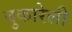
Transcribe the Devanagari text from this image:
बुकारेली